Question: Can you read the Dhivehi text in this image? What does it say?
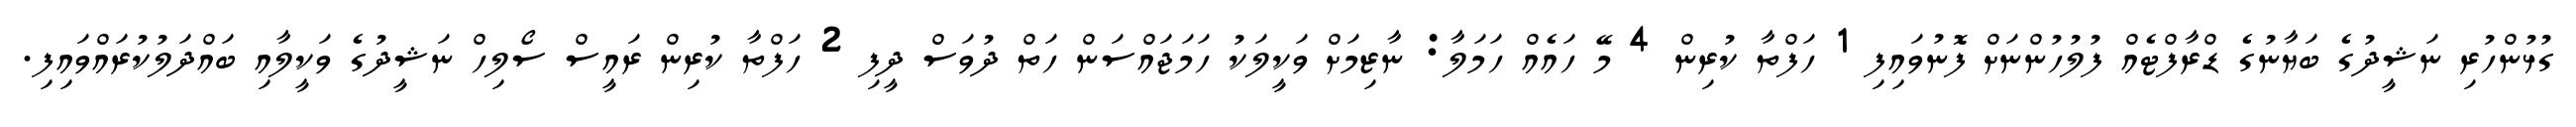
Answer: ގުޅުންހުރި ނަޝީދުގެ ބަޔާނުގެ ޑްރާފްޓެއް ފުލުހުންނަށް ފޮނުވައިފި 1 ހަފްތާ ކުރިން 4 މޭ ހައެއް ހަމަލާ: ނާޒިމަށް ވަކީލަކު ހަމަޖައްސަން ހަތް ދުވަސް ދީފި 2 ހަފްތާ ކުރިން ރައީސް ސޯލިހް ނަޝީދުގެ ވަކީލާއި ބައްދަލުކުރައްވައިފި.